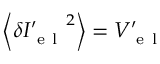
\left\langle { { \delta { { I } _ { \mathrm { ~ e ~ l ~ } } ^ { \prime } } } ^ { 2 } } \right\rangle = { { V } _ { \mathrm { ~ e ~ l ~ } } ^ { \prime } }